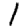
Digit: 1